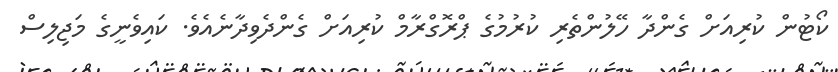
ކޯޓުން ކުރިއަށް ގެންދާ ހޭލުންތެރި ކުރުމުގެ ޕްރޮގްރާމް ކުރިއަށް ގެންދެވިދާނެއެވެ. ކައިވެނީގެ މަޖިލިސް